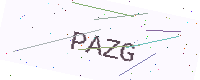
Text: PAZG